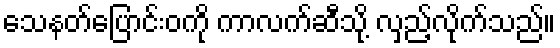
သေနတ်ပြောင်းဝကို ကာလက်ဆီသို့ လှည့်လိုက်သည်။